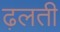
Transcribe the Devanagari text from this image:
ढ़लती